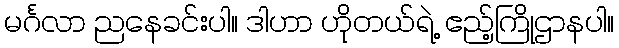
မင်္ဂလာ ညနေခင်းပါ။ ဒါဟာ ဟိုတယ်ရဲ့ ဧည့်ကြိုဌာနပါ။